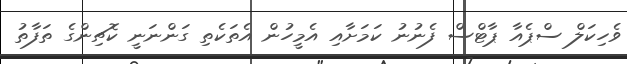
ވެހިކަލް ސްޕެއާ ޕާޓްސް ފެނުނު ކަމަށާއި އެމީހުން އެތަކެތި ގަންނަނީ ކޮޗިންގެ ތަފާތު